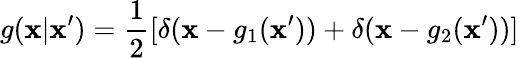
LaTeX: g(\mathbf{x}|\mathbf{x}^{\prime})={\frac{{1}}{{2}}}[\delta(\mathbf{x}-g_{1}(\mathbf{x}^{\prime}))+\delta(\mathbf{x}-g_{2}(\mathbf{x}^{\prime}))]